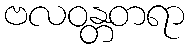
ဗလဝန္တတရာ